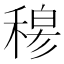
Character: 𥠇